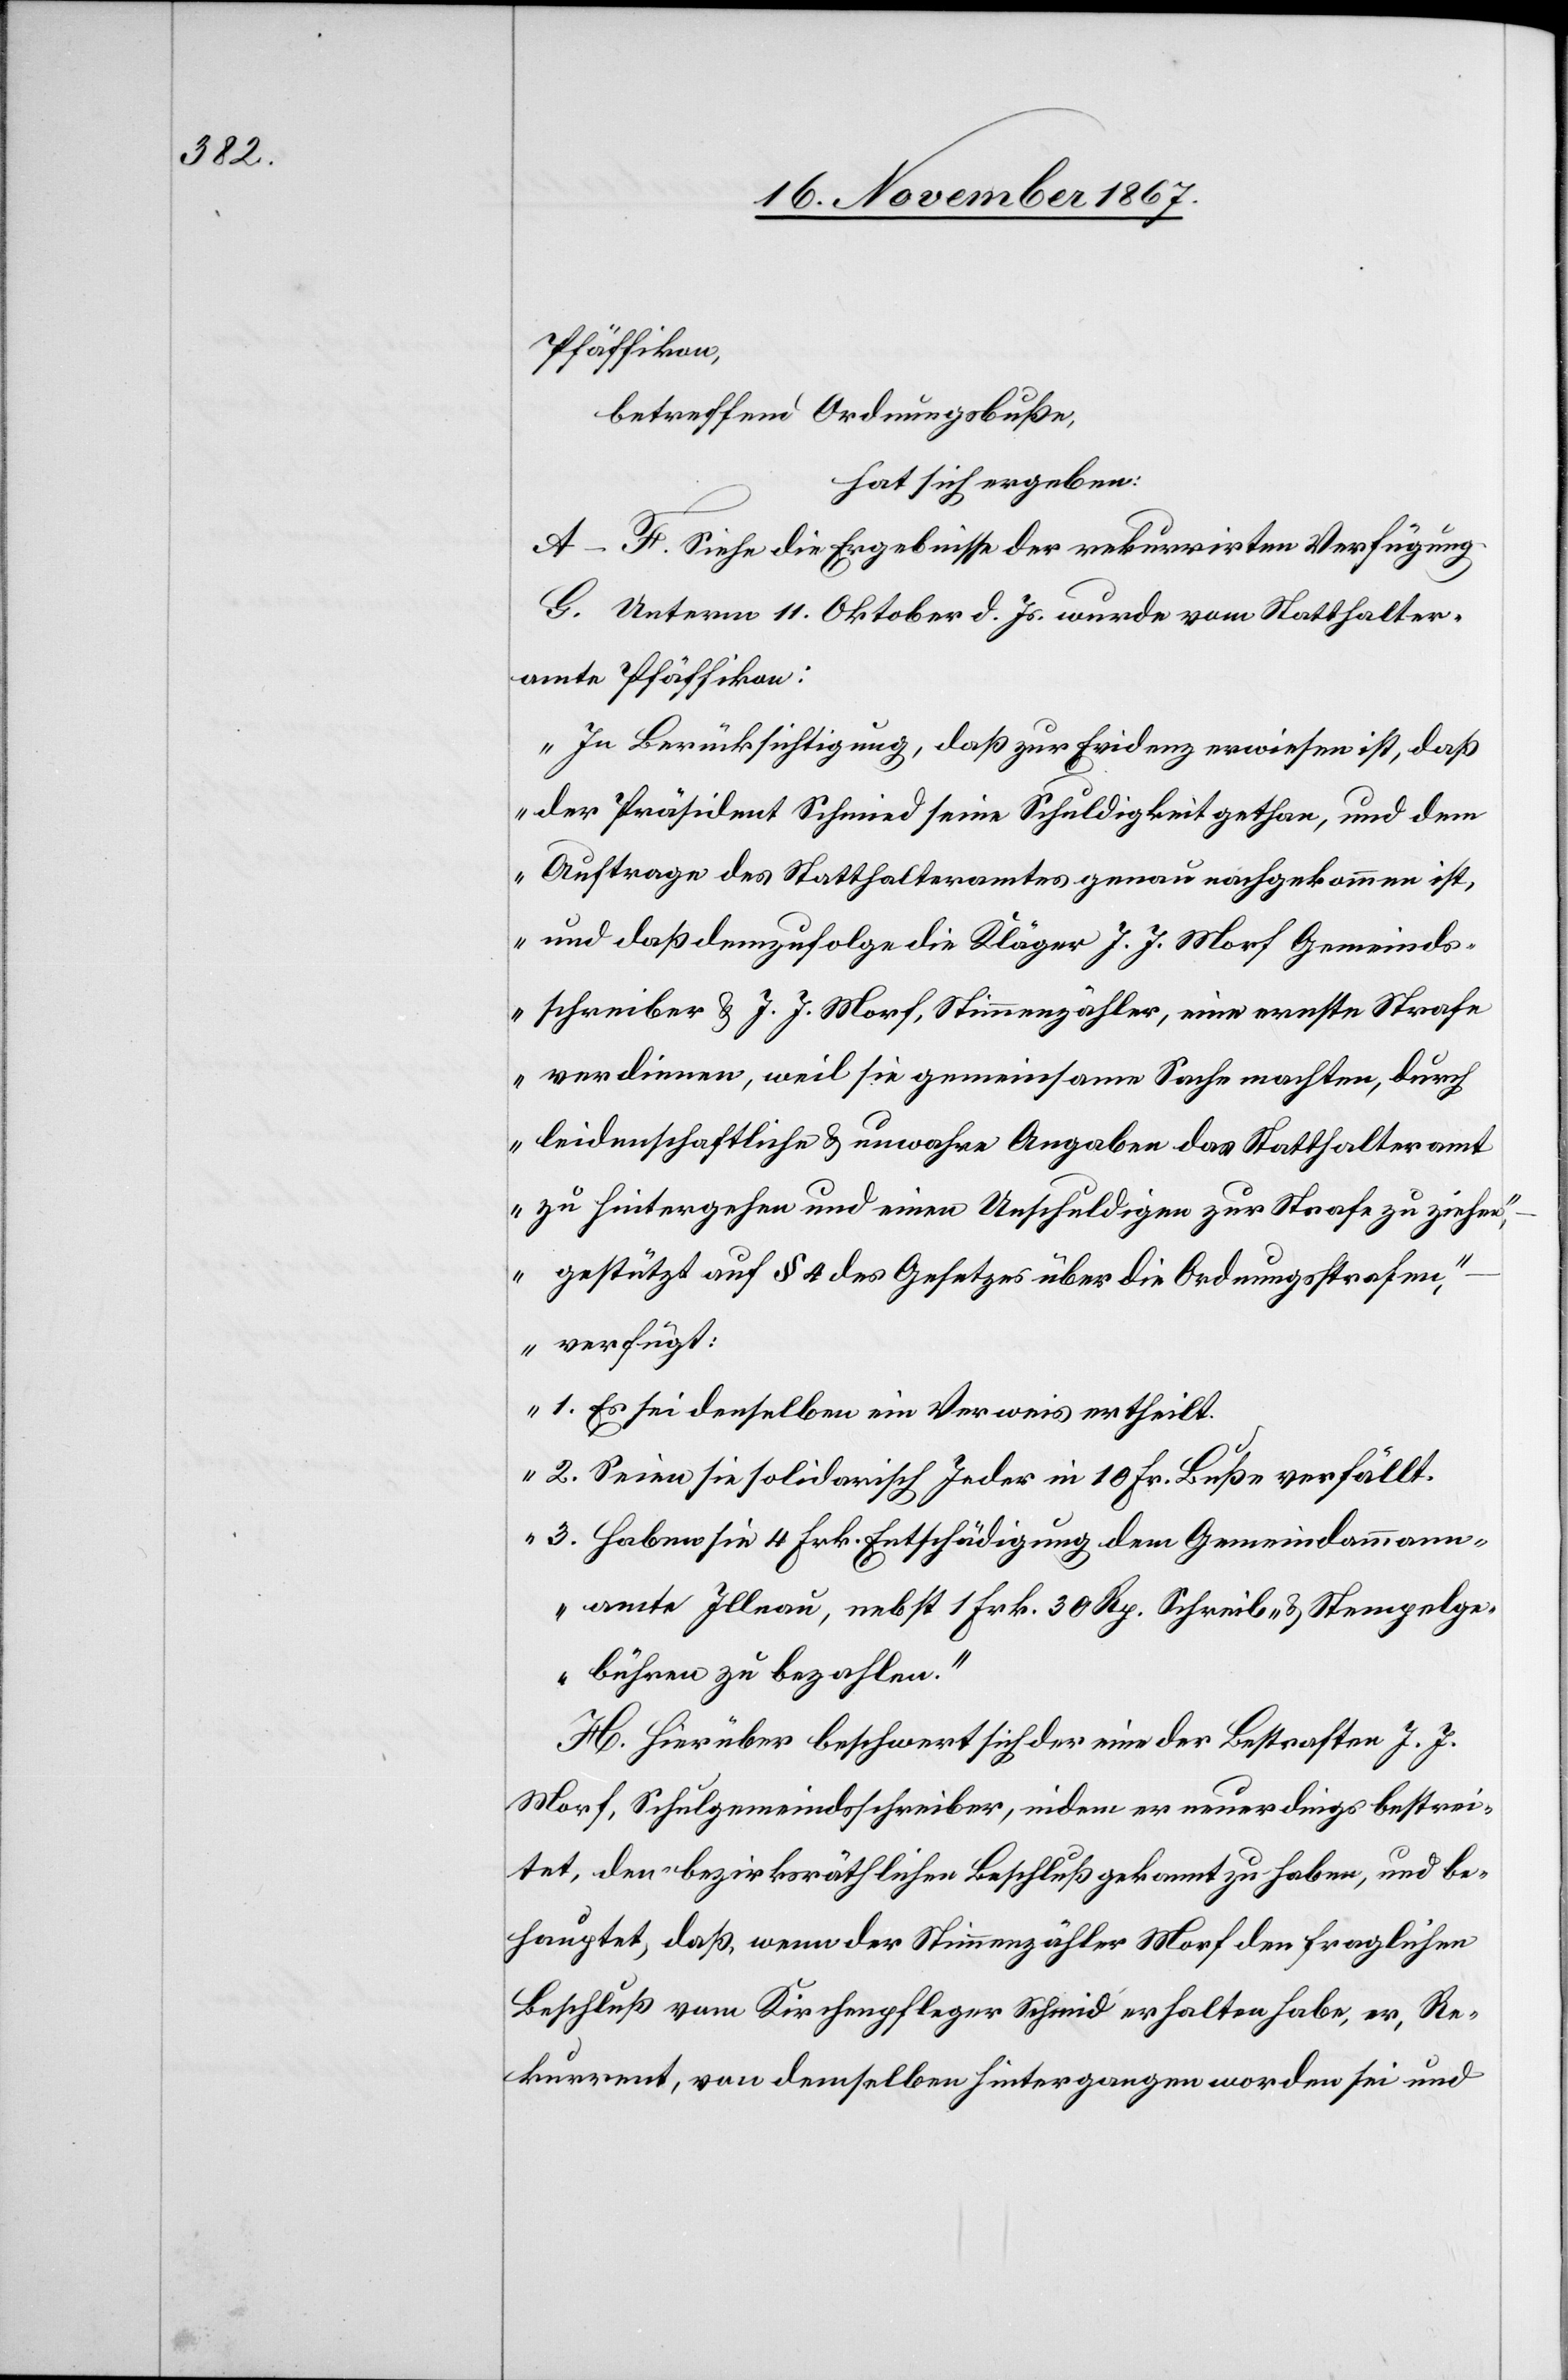
Pfäffikon,
betreffend Ordnungsbuße,
hat sich ergeben:
A–F. Siehe die Ergebnisse der rekurrirten Verfügung.
G. Unterm 11. Oktober d. Js. wurde vom Statthalter¬
amte Pfäffikon:
„In Berücksichtigung, daß zur Evidenz erwiesen ist, daß
der Präsident Schmied seine Schuldigkeit gethan, und dem
Auftrage des Statthalteramtes genau nachgekommen ist,
und daß demzufolge die Kläger J. J. Morf Gemeinds¬
schreiber u. J. J. Morf, Stimmenzähler, eine ernste Strafe
verdienen, weil sie gemeinsame Sache machten, durch
leidenschaftliche u. unwahre Angaben das Statthalteramt
zu hintergehen und einen Unschuldigen zur Strafe zu ziehen,
– gestützt auf § 3 des Gesetzes über die Ordnungsstrafen,
– verfügt:
1. Es sei denselben ein Verweis ertheilt.
2. Seien sie solidarisch Jeder in 10 Fr. Buße verfällt.
3. Haben sie 4 Frk. Entschädigung dem Gemeindammann¬
amte Illnau, nebst 1 Frk. 30 Rp. Schreib- u. Stempelge¬
bühren zu bezahlen.“
H. Hierüber beschwert sich der eine der Bestraften J. J.
Morf, Schulgemeindsschreiber, indem er neuerdings bestrei¬
tet, den bezirksräthlichen Beschluß gekannt zu haben, und be¬
hauptet, daß, wenn der Stimmzähler Morf den fraglichen
Beschluß vom Kirchenpfleger Schmid [sic!] erhalten habe, er, Re¬
kurrent, von demselben hintergangen worden sei und